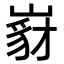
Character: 𡺵